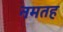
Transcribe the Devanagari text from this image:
नमतह